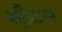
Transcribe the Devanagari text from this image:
स्ट्रैटम